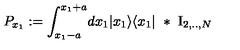
P _ { x _ { 1 } } : = \int _ { x _ { 1 } - a } ^ { x _ { 1 } + a } \! d x _ { 1 } | x _ { 1 } \rangle \langle x _ { 1 } | \ * \ \mathrm { I } _ { 2 , . . , N }